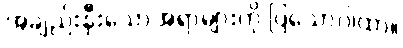
အချည်းနှီးသောအရာများကို ပြသောဂါထာ။